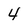
Character: 4